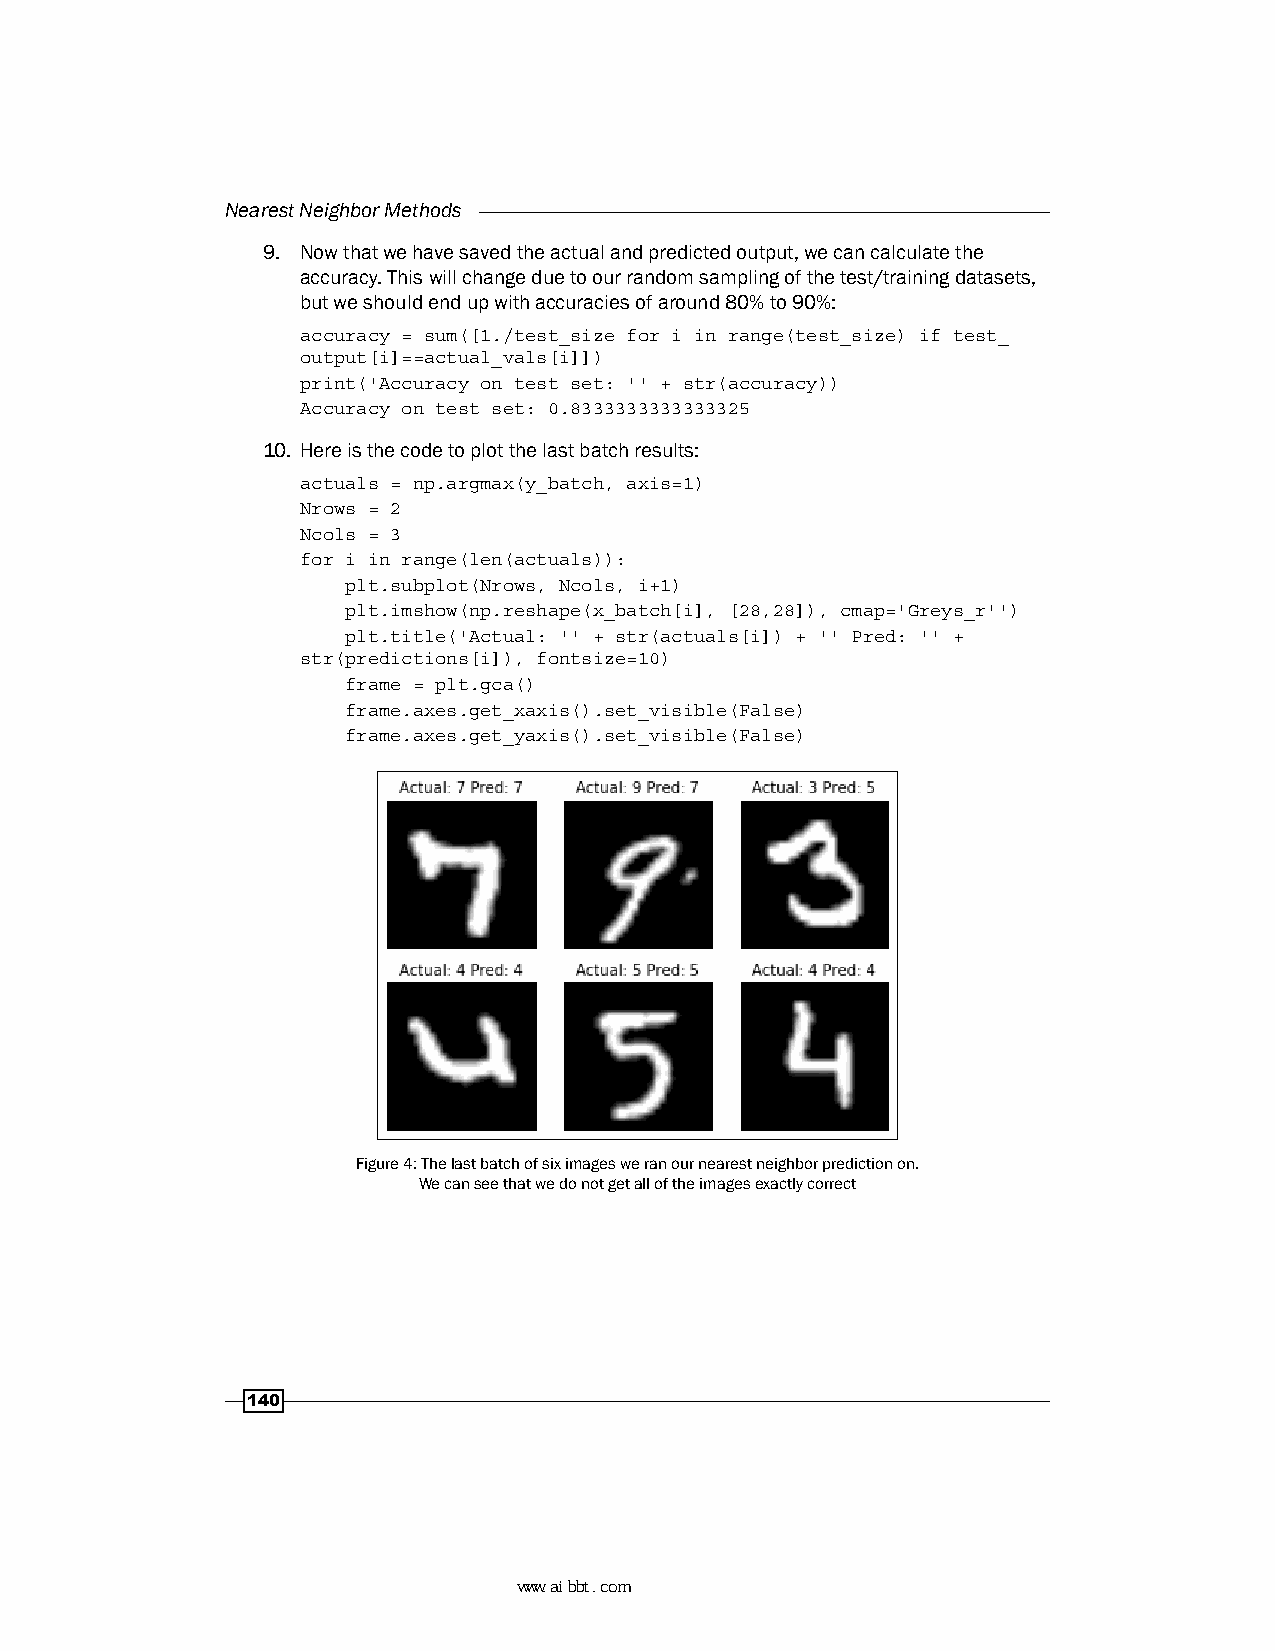
Nearest Neighbor Methods
 9. Now that we have saved the actual and predicted output, we can calculate the
 accuracy. This will change due to our random sampling of the test/training datasets,
 but we should end up with accuracies of around 80% to 90%:
 accuracy = sum([1./test_size for i in range(test_size) if test_
 output[i]==actual_vals[i]])
 print('Accuracy on test set: '' + str(accuracy))
 Accuracy on test set: 0.8333333333333325
 10. Here is the code to plot the last batch results:
 actuals = np.argmax(y_batch, axis=1)
 Nrows = 2
 Ncols = 3
 for i in range(len(actuals)):
 plt.subplot(Nrows, Ncols, i+1)
 plt.imshow(np.reshape(x_batch[i], [28,28]), cmap='Greys_r'')
 plt.title('Actual: '' + str(actuals[i]) + '' Pred: '' +
 str(predictions[i]), fontsize=10)
 frame = plt.gca()
 frame.axes.get_xaxis().set_visible(False)
 frame.axes.get_yaxis().set_visible(False)
 Figure 4: The last batch of six images we ran our nearest neighbor prediction on.
 We can see that we do not get all of the images exactly correct
 140
 www.aibbt.com 让未来触手可及